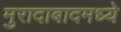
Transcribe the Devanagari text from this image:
मुरादाबादमध्ये